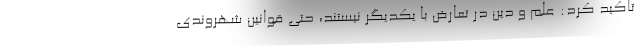
تاکید کرد: علم و دین در تعارض با یکدیگر نیستند، حتی قوانین شهروندی